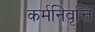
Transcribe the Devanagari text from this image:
कर्मनिवृत्ति